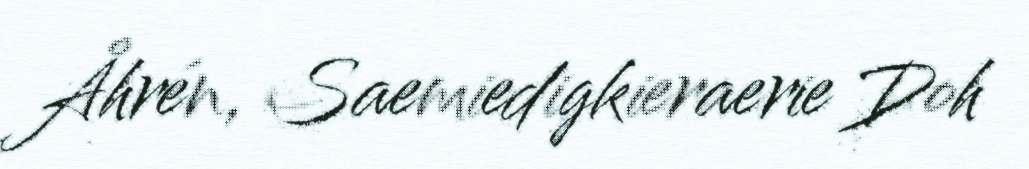
Åhrén, Saemiedigkieraerie Doh